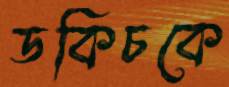
ডকিচকে